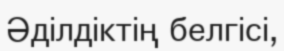
Әділдіктің белгісі,